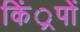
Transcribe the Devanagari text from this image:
किं्रपों